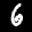
Label: 6